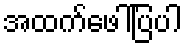
အထက်ဖေါ်ပြပါ